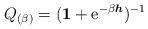
LaTeX: \begin{align*} Q_{(\beta)} = ({\bf 1} + {\rm e}^{-\beta \boldsymbol{h}})^{-1}\end{align*}